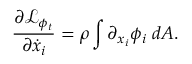
\frac { \partial \mathcal { L } _ { \phi _ { t } } } { \partial \dot { x } _ { i } } = \rho \int \partial _ { x _ { i } } \phi _ { i } \; d A .